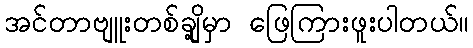
အင်တာဗျူးတစ်ချို့မှာ ဖြေကြားဖူးပါတယ်။